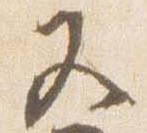
又